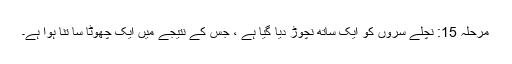
مرحلہ 15: نچلے سروں کو ایک ساتھ نچوڑ دیا گیا ہے ، جس کے نتیجے میں ایک چھوٹا سا تنا ہوا ہے۔